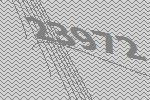
23972